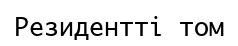
Резидентті том